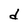
Character: d